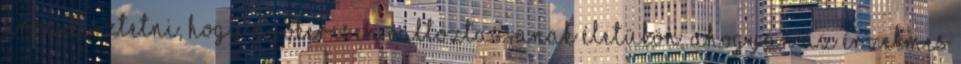
arra késztetni, hogy gyökeresen változtassanak életükön, ahogyan az érzelmes